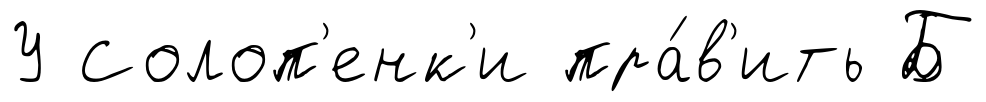
У Солоп'енк'и пра́в'ить Б